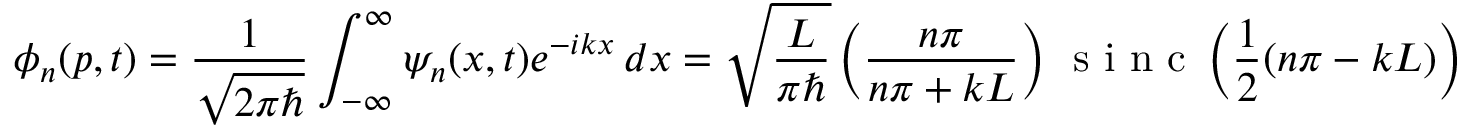
\phi _ { n } ( p , t ) = { \frac { 1 } { \sqrt { 2 \pi \hbar } } } \int _ { - \infty } ^ { \infty } \psi _ { n } ( x , t ) e ^ { - i k x } \, d x = { \sqrt { \frac { L } { \pi \hbar } } } \left( { \frac { n \pi } { n \pi + k L } } \right) \, { \textrm { s i n c } } \left( { \frac { 1 } { 2 } } ( n \pi - k L ) \right) e ^ { - i k x _ { c } } e ^ { i ( n - 1 ) { \frac { \pi } { 2 } } } e ^ { - i \omega _ { n } t } ,